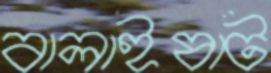
বালাইষাট